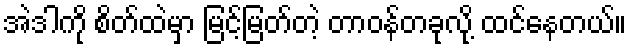
အဲဒါကို စိတ်ထဲမှာ မြင့်မြတ်တဲ့ တာဝန်တခုလို့ ထင်နေတယ်။